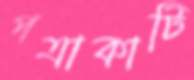
পত্রাকাটি